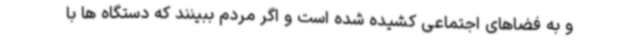
و به فضاهای اجتماعی کشیده شده است و اگر مردم ببینند که دستگاه ها با